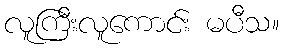
လူကြီးလူကောင်း မပီသ။